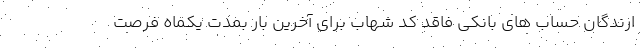
ارندگان حساب های بانکی فاقد کد شهاب برای آخرین بار بمدت یکماه فرصت